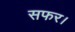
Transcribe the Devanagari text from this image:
सफर।